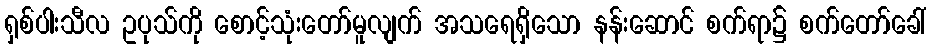
ရှစ်ပါးသီလ ဥပုသ်ကို စောင့်သုံးတော်မူလျက် အသရေရှိသော နန်းဆောင် စက်ရာ၌ စက်တော်ခေါ်